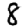
Digit: 8